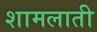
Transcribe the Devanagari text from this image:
शामलाती